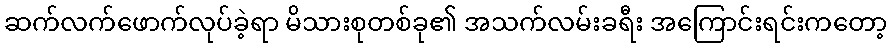
ဆက်လက်ဖောက်လုပ်ခဲ့ရာ မိသားစုတစ်ခု၏ အသက်လမ်းခရီး အကြောင်းရင်းကတော့